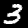
Label: 3